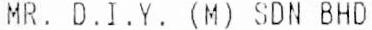
MR. D.I.Y. (M) SDN BHD